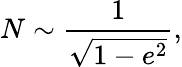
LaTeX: N\sim\frac{1}{\sqrt{1-e^{2}}},